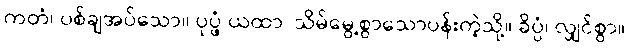
ကတံ၊ ပစ်ချအပ်သော။ ပုပ္ဖံ ယထာ၊ သိမ်မွေ့စွာသောပန်းကဲ့သို့။ ခိပ္ပံ၊ လျှင်စွာ။